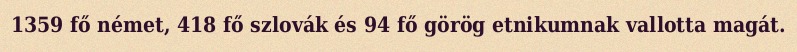
1359 fő német, 418 fő szlovák és 94 fő görög etnikumnak vallotta magát.